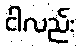
ငါလည်း